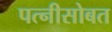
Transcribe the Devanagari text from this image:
पत्नीसोबत